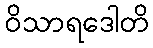
ဝိသာရဒေါတိ